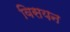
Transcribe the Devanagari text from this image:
विसयन